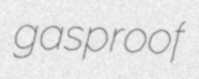
gasproof